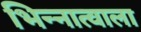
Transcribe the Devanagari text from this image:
भिन्नात्वाला